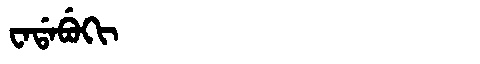
Manchu: ᠸᠠᡩᠠᠪᡠᡴᡳ
Romanization: WADABUKI